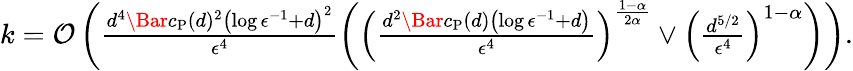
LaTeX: \begin{array}{r}{k=\mathcal{O}\left(\frac{d^{4}\Bar{c}_{\mathrm{P}}(d)^{2}\left(\log\epsilon^{-1}+d\right)^{2}}{\epsilon^{4}}\left(\left(\frac{d^{2}\Bar{c}_{\mathrm{P}}(d)\left(\log\epsilon^{-1}+d\right)}{\epsilon^{4}}\right)^{\frac{1-\alpha}{2\alpha}}\vee\left(\frac{d^{5/2}}{\epsilon^{4}}\right)^{1-\alpha}\right)\right).}\end{array}